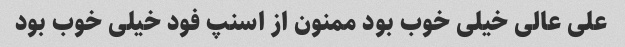
علی عالی خیلی خوب بود ممنون از اسنپ فود خیلی خوب بود